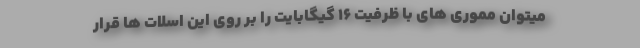
میتوان مموری های با ظرفیت ۱۶ گیگابایت را بر روی این اسلات ها قرار